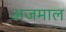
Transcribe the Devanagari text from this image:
अजमाल